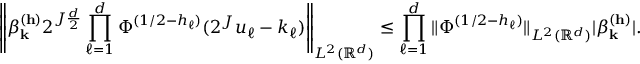
\left\| \beta _ { \mathbf { k } } ^ { ( \mathbf { h } ) } 2 ^ { J \frac { d } { 2 } } \prod _ { \ell = 1 } ^ { d } \Phi ^ { ( 1 / 2 - h _ { \ell } ) } ( 2 ^ { J } u _ { \ell } - k _ { \ell } ) \right\| _ { L ^ { 2 } ( \mathbb { R } ^ { d } ) } \leq \prod _ { \ell = 1 } ^ { d } \| \Phi ^ { ( 1 / 2 - h _ { \ell } ) } \| _ { L ^ { 2 } ( \mathbb { R } ^ { d } ) } | \beta _ { \mathbf { k } } ^ { ( \mathbf { h } ) } | .